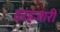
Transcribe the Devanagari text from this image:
दरहजारी